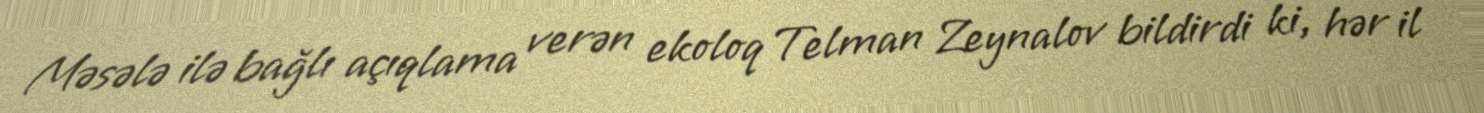
Məsələ ilə bağlı açıqlama verən ekoloq Telman Zeynalov bildirdi ki, hər il